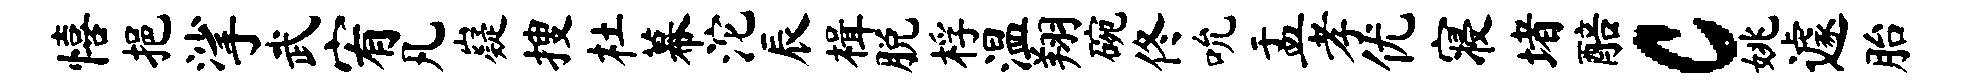
僖挹挲武宥凡嶷搜杜幕沱辰楫脱桴温翔碗佟吮盂孝优寝堵醅c姚遽胎